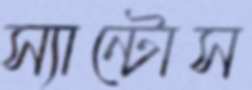
স্যান্টোস